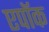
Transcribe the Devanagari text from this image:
एपॉक